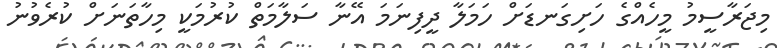
މިޖަރާސީމު މީހެއްގެ ހަށިގަނޑަށް ހަމަލާ ދީފިނަމަ އޭނާ ސަލާމަތް ކުރުމަކީ މިހާތަނަށް ކުރެވުނު